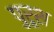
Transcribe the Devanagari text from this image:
पुरूश